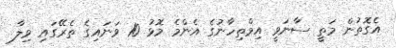
އެގޮތުން މަތީ ސާނަވީ އިމްތިހާނުގެ އެންމެ މޮޅު 10 ވަނައިގެ ތެރޭގައި ވިލާ